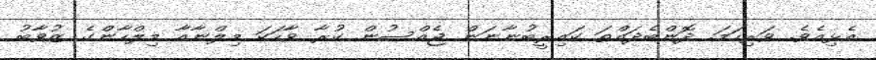
އެޅިއެވެ. ވަރިހަމަ. ދޮންބެދައްތަ ކައިރީބުނާނަން ޖެއްސުން ކުރާ ވާހަކަ މިލްނާއާ މިލްހާންގެ ޒުވާބު